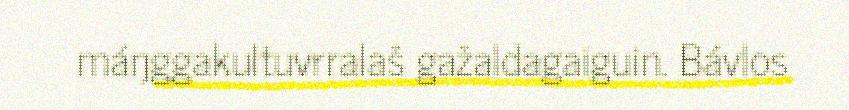
máŋggakultuvrralaš gažaldagaiguin. Bávlos